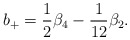
\begin{align*}b_+=\frac12\beta_4 - \frac1{12}\beta_2.\end{align*}